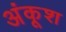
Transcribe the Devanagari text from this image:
अंकूश